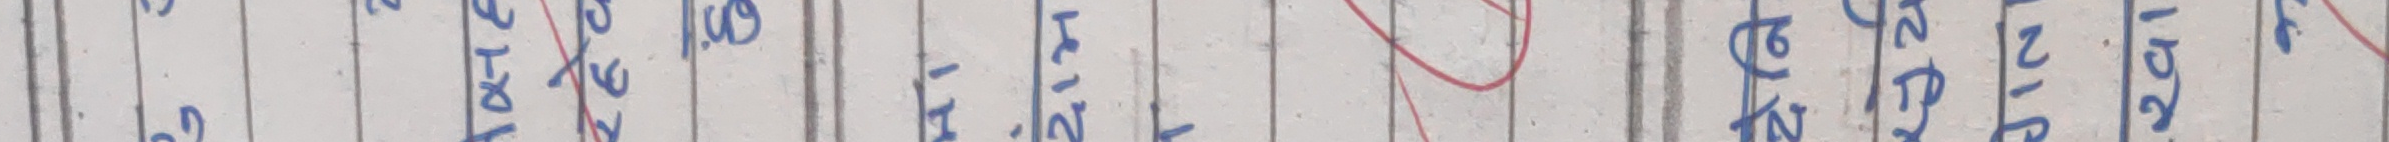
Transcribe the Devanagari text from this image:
रु मेट नम्बर १७ पुस्तिका २